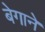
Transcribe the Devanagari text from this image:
बेगाने